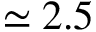
\simeq 2 . 5